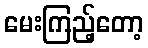
မေးကြည့်တော့